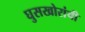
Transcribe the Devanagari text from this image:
घुसखोरांची